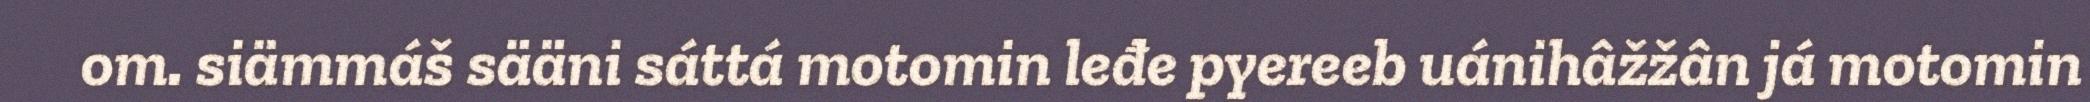
om. siämmáš sääni sáttá motomin leđe pyereeb uánihâžžân já motomin